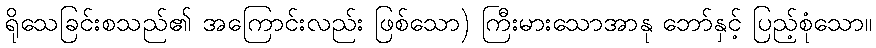
ရိုသေခြင်းစသည်၏ အကြောင်းလည်း ဖြစ်သော) ကြီးမားသောအာနု ဘော်နှင့် ပြည့်စုံသော။